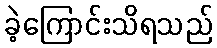
ခဲ့ကြောင်းသိရသည်